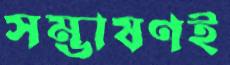
সম্ভাষণই